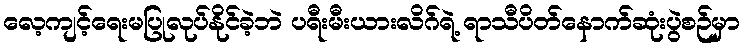
လေ့ကျင့်ရေးမပြုလုပ်နိုင်ခဲ့ဘဲ ပရီးမီးယားလိဂ်ရဲ့ ရာသီပိတ်နောက်ဆုံးပွဲစဉ်မှာ